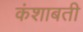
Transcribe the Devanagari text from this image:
कंशाबती